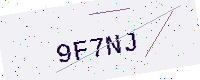
Text: 9F7NJ